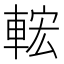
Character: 𨌆